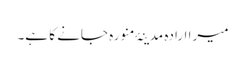
میرا ارادہ مدینۂ منورہ جانے کا ہے۔